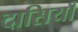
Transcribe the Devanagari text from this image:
दासियाँ